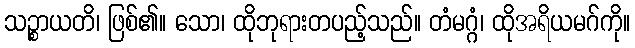
သဉ္စာယတိ၊ ဖြစ်၏။ သော၊ ထိုဘုရားတပည့်သည်။ တံမဂ္ဂံ၊ ထိုအရိယမဂ်ကို။